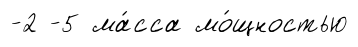
-2 -5 ма́сса мо́щностью